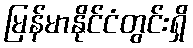
မြန်မာနိုင်ငံတွင်းရှိ